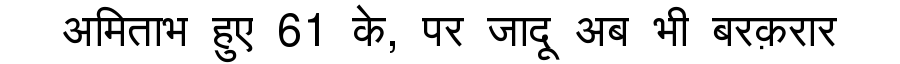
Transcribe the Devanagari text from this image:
अमिताभ हुए 61 के, पर जादू अब भी बरक़रार